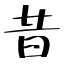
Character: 昔